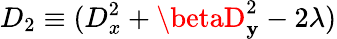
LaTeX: D_{2}\equiv(D_{x}^{2}+\betaD_{\mathbf{y}}^{2}-2\lambda)